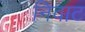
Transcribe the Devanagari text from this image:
निवाट